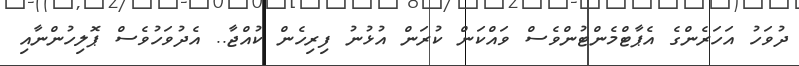
ދުވަހު އަހަރެންގެ އެޕާޓްމެންޓުންވެސް ވައްކަން ކުރަން އުޅުނު ފިރިހެން ކުއްޖާ.. އެދުވަހުވެސް ޕޮލިހުންނާއި